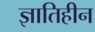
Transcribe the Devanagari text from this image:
ज्ञातिहीन